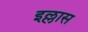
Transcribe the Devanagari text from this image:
इल्लास